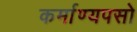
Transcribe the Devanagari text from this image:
कर्माण्यपसो